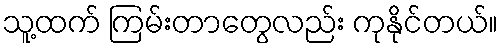
သူ့ထက် ကြမ်းတာတွေလည်း ကုနိုင်တယ်။